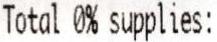
TOTAL 0% SUPPLIES: